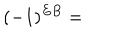
( - 1 ) ^ { E B } =